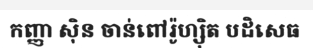
កញ្ញា ស៊ិន ចាន់ពៅរ៉ូហ្ស៊ិត បដិសេធ